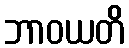
ဘာဝယတိ